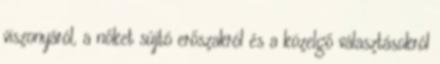
viszonyáról, a nőket sújtó erőszakról és a közelgő választásokról